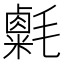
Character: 𣰮